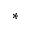
^ { * }